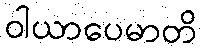
ဝါယာပေမာတိ